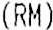
(RM)